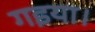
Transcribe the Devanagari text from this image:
गइया।